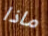
ماذا